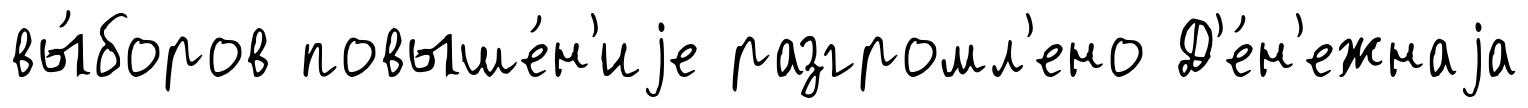
вы́боров повыше́н'иjе разгромл'ено Д'е́н'ежнаjа